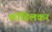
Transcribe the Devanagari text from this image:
कोंडिलकर